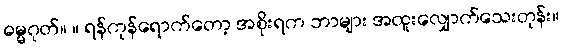
ဓမ္မဂုတ်။ ။ ရန်ကုန်ရောက်တော့ အစိုးရက ဘာများ အထူးလျှောက်သေးတုန်း။